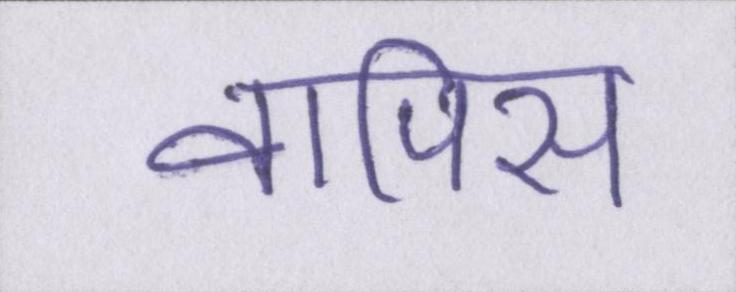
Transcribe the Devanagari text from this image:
वापिस